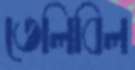
তেলিবিল